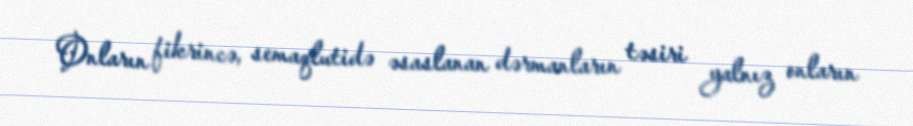
Onların fikrincə, semaqlutidə əsaslanan dərmanların təsiri yalnız onların